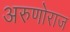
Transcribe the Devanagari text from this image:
अरुणोराज